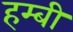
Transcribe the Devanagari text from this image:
हम्बी